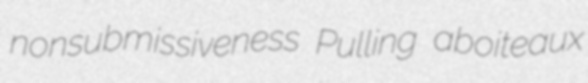
nonsubmissiveness Pulling aboiteaux